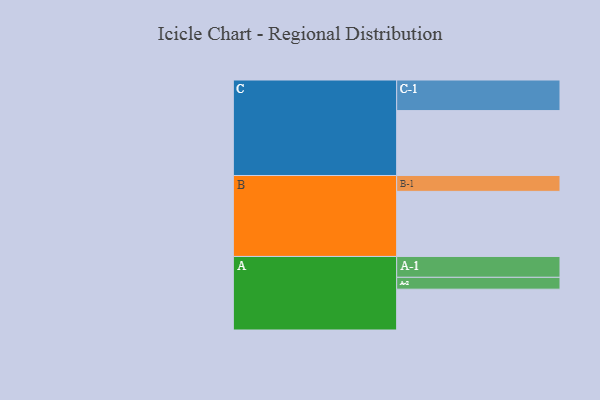
{"axis": {"x": "Segment", "y": "Value"}, "legend": ["", "A", "B", "C"], "data": [{"x": "A", "y": 368, "type": ""}, {"x": "B", "y": 587, "type": ""}, {"x": "C", "y": 585, "type": ""}, {"x": "A-1", "y": 188, "type": "A"}, {"x": "A-2", "y": 107, "type": "A"}, {"x": "B-1", "y": 143, "type": "B"}, {"x": "C-1", "y": 276, "type": "C"}]}